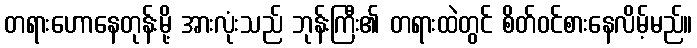
တရားဟောနေတုန်းမို့ အားလုံးသည် ဘုန်းကြီး၏ တရားထဲတွင် စိတ်ဝင်စားနေလိမ့်မည်။